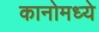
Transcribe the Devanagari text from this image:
कानोमध्ये